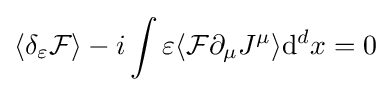
\langle \delta _{\varepsilon }{\mathcal {F}}\rangle -i\int \varepsilon \langle {\mathcal {F}}\partial _{\mu }J^{\mu }\rangle \mathrm {d} ^{d}x=0